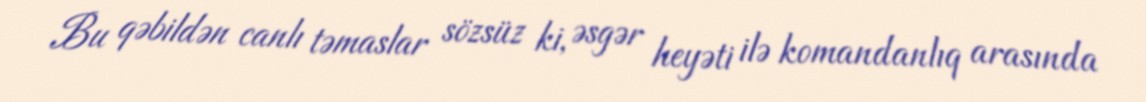
Bu qəbildən canlı təmaslar sözsüz ki, əsgər heyəti ilə komandanlıq arasında